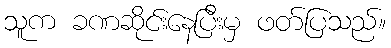
သူက ခဏဆိုင်းနေပြီးမှ ဖတ်ပြသည်။